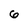
Character: 6